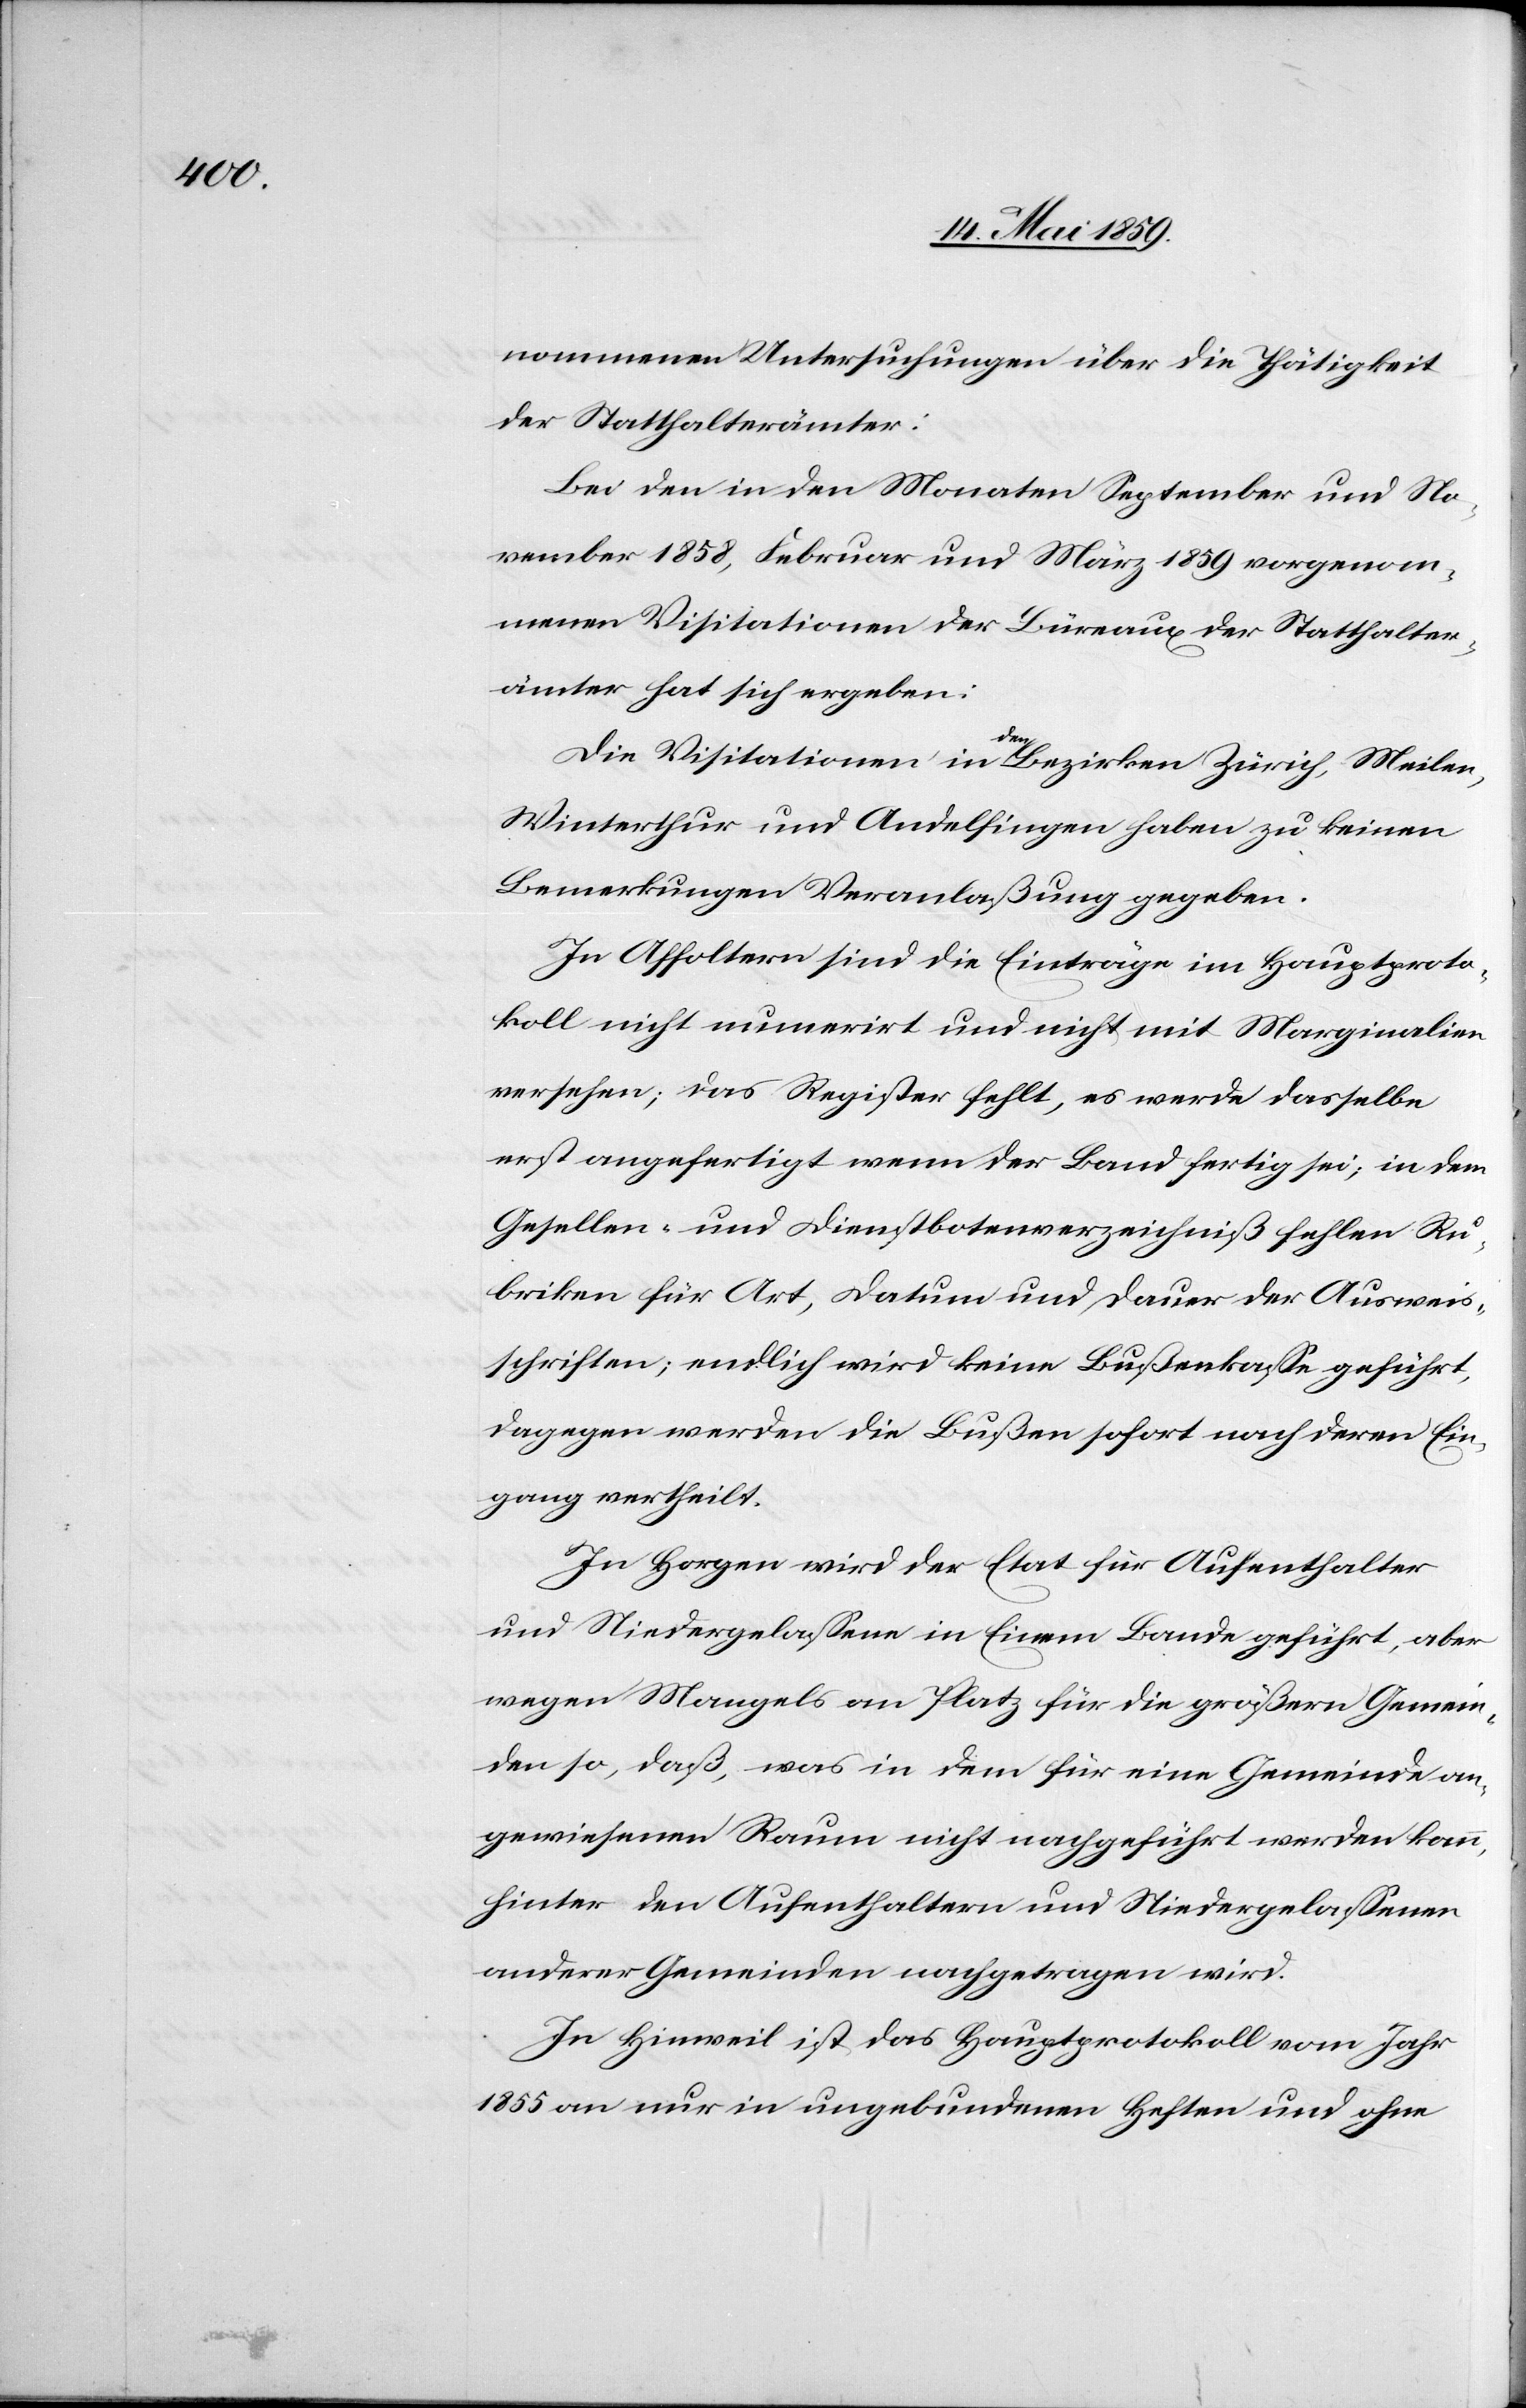
nommenen Untersuchungen über die Thätigkeit
der Statthalterämter:
Bei den in den Monaten September und No¬
vember 1858, Februar und März 1859 vorgenom¬
menen Visitationen der Büreaux der Statthalter¬
ämter hat sich ergeben:
Die Visitationen in den Bezirken Zürich, Meilen,
Winterthur und Andelfingen haben zu keinen
Bemerkungen Veranlaßung gegeben.
In Affoltern sind die Einträge im Hauptproto¬
koll nicht numerirt und nicht mit Marginalien
versehen; das Register fehlt, es werde dasselbe
erst angefertigt wenn der Band fertig sei; in dem
Gesellen- und Dienstbotenverzeichniß fehlen Ru¬
briken für Art, Datum und Dauer der Ausweis¬
schriften; endlich wird keine Bußenkaße geführt,
dagegen werden die Bußen sofort nach deren Ein¬
gang vertheilt.
In Horgen wird der Etat für Aufenthalter
und Niedergelaßene in Einem Bande geführt, aber
wegen Mangels an Platz für die größern Gemein¬
den so, daß, was in dem für eine Gemeinde an¬
gewiesenen Raum nicht nachgeführt werden kann,
hinter den Aufenthaltern und Niedergelaßenen
anderer Gemeinden nachgetragen wird.
In Hinweil ist das Hauptprotokoll vom Jahr
1855 an nur in ungebundenen Heften und ohne